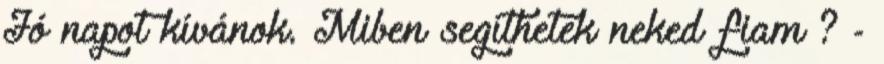
Jó napot kívánok. Miben segíthetek neked fiam ? -